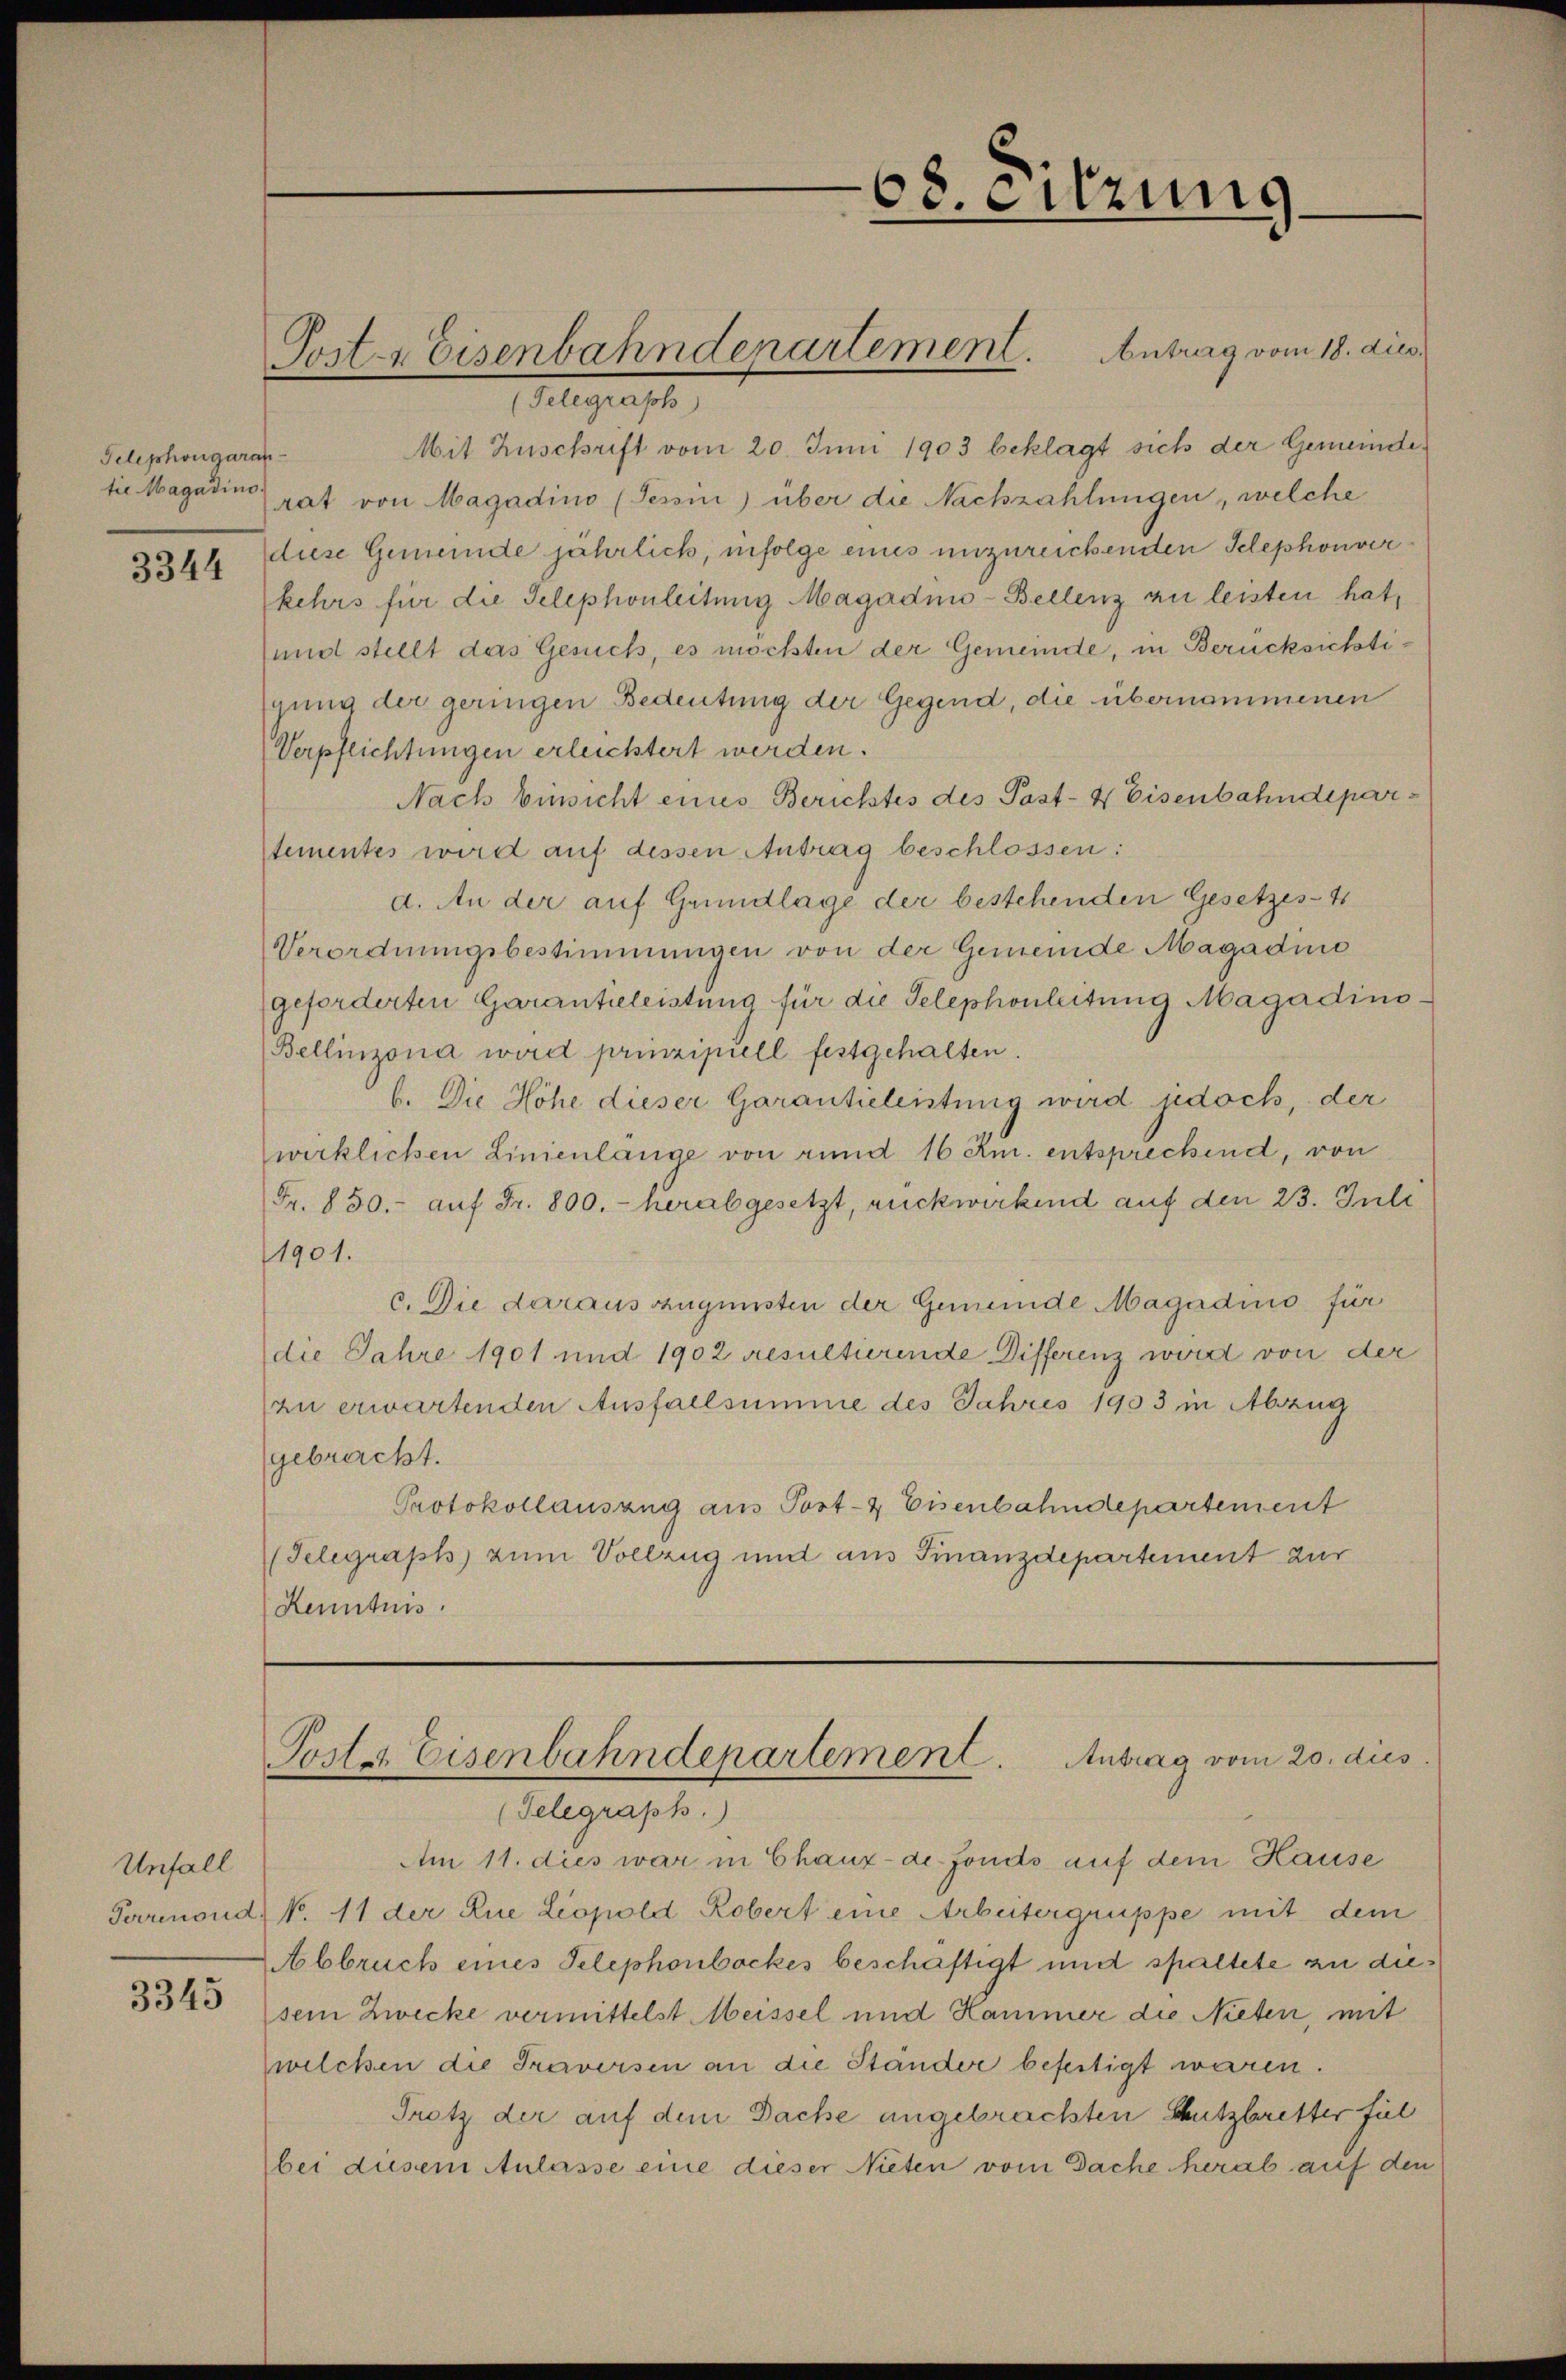
Telephongaran

3344

Unfall

3345

Poster Eisenbahndepartement. Antrag vom 18. dies

Gelegenste
Mit Zuschrift vom 20. Juni 1903 beklagt sich der Gemeindesie Magadin rat von Magadino (Tessin) über die Nachzahlungen, welche
diese Gemeinde jährlich, infolge eines unzureichenden Telephonverkehrs für die Telephonleitung Magadino-Bellenz zu leisten hat,
(und stellt das Gesuch, es möchten der Gemeinde, in Berücksichtigung der geringen Bedeutung der Gegend, die übernommenen
Verpflichtungen erleichtert werden.
Nach Einsicht eines Berichtes des Past- & Eisenbahndeparstementes wird auf dessen Antrag beschlossen:
d. An der auf Grundlage der bestehenden Gesetzes-4
Verordnungsbestimmungen von der Gemeinde Magadne
geforderten Garantieleistung für die Telephonleitung Magadino
Bellinzona wird prinzipiell festgehalten.
b. Die Höhe dieser Garantieleistung wird jedoch, der
wirklichen Linienlänge von rund 16 Kn. entsprechend, von
Fr. 850.- aŭf Fr. 800. - herabgesetzt, rückwirkend auf den 23. Juli
1901.
c. Die daraus zugunsten der Gemeinde Magadino für
die Jahre 1901 und 1902 resultierende Differenz wird von der
zu erwartenden Ausfallsumme des Jahres 1903 in Abzug
gebracht.
Protokollauszug aus Post- & Eisenbahndepartement
Telegraph zum Vollzug und aus Finanzdepartement zur
Kenntnis.

68. eitzung

Posten Eisenbahndepartement. Antrag vom 20. dus.
(Telegraph.)

Am 11. dies war in Chaux-de-Fonds auf dem Hause
Perrenoud, N. 11 der Die Leopold Robert eine Arbeitergruppe mit dem
Abbruch eines Telephonbockes beschäftigt und spaltete zu diesein Zwecke vermittelst Meissel und Hammer die Nieten, mit
welchen die Traversen an die Ständer befestigt waren.
Trotz der auf dem Dache angebrachten Schutzberetter fül
bei diesem Anlasse eine dieser Nieten vom Dache herab auf den